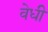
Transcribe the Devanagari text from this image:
वेधी